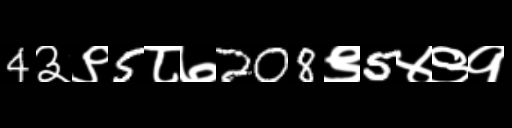
Text: 4३९5८७208९5४९१